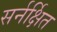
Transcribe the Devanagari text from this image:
सर्नर्क्षित